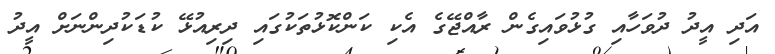
އަދި އީދު ދުވަހާއި ގުޅުވައިގެން ރާއްޖޭގެ އެކި ކަންކޮޅުތަކުގައި ދިރިއުޅޭ ކުޑަކުދިންނަށް އީދު